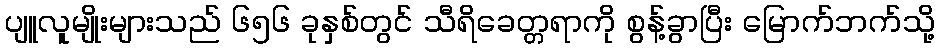
ပျူလူမျိုးများသည် ၆၅၆ ခုနှစ်တွင် သီရိခေတ္တရာကို စွန့်ခွာပြီး မြောက်ဘက်သို့